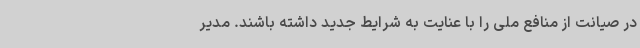
در صیانت از منافع ملی را با عنایت به شرایط جدید داشته باشند. مدیر